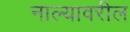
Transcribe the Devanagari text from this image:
नाल्यावरील